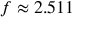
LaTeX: f \approx 2 . 5 1 1